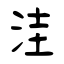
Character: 洼